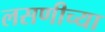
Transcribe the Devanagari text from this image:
लसणीच्या